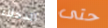
الدخلاء حتى